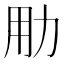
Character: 𱐮